65_HS1-834228961_62-HQ-83894_Section_9
Agency: FBI
Page 63
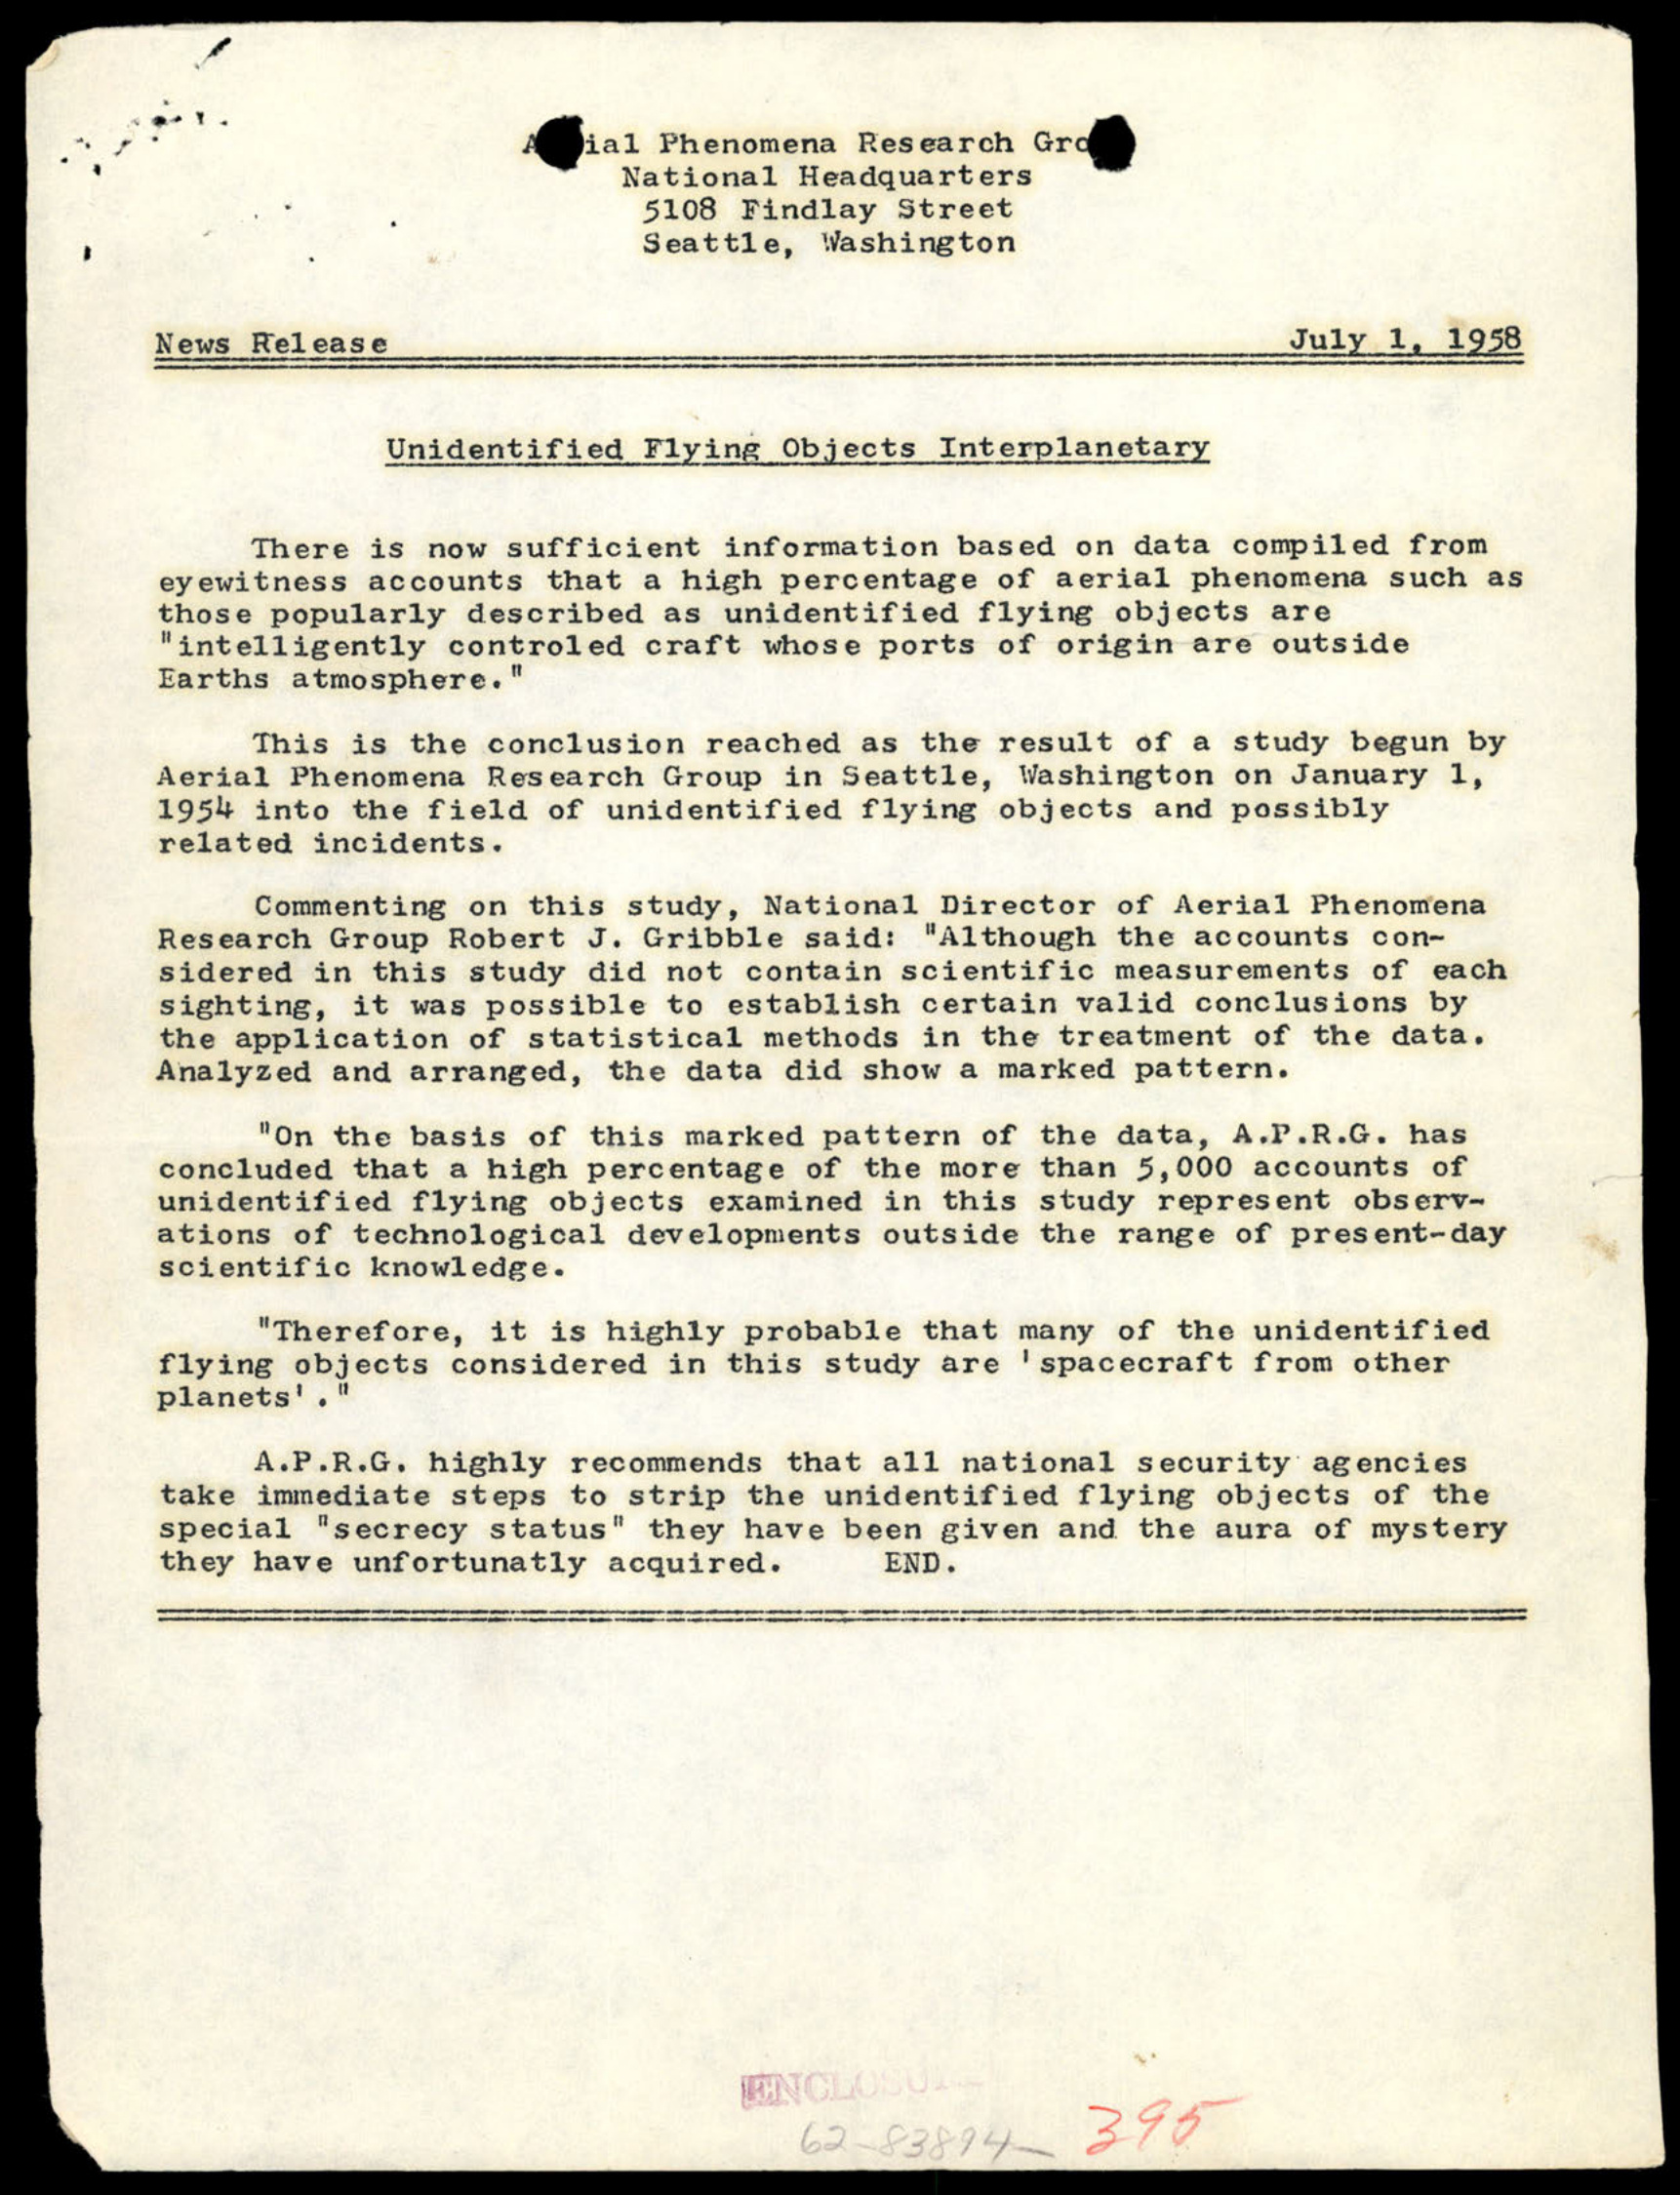